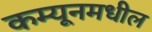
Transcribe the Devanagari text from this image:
कम्यूनमधील